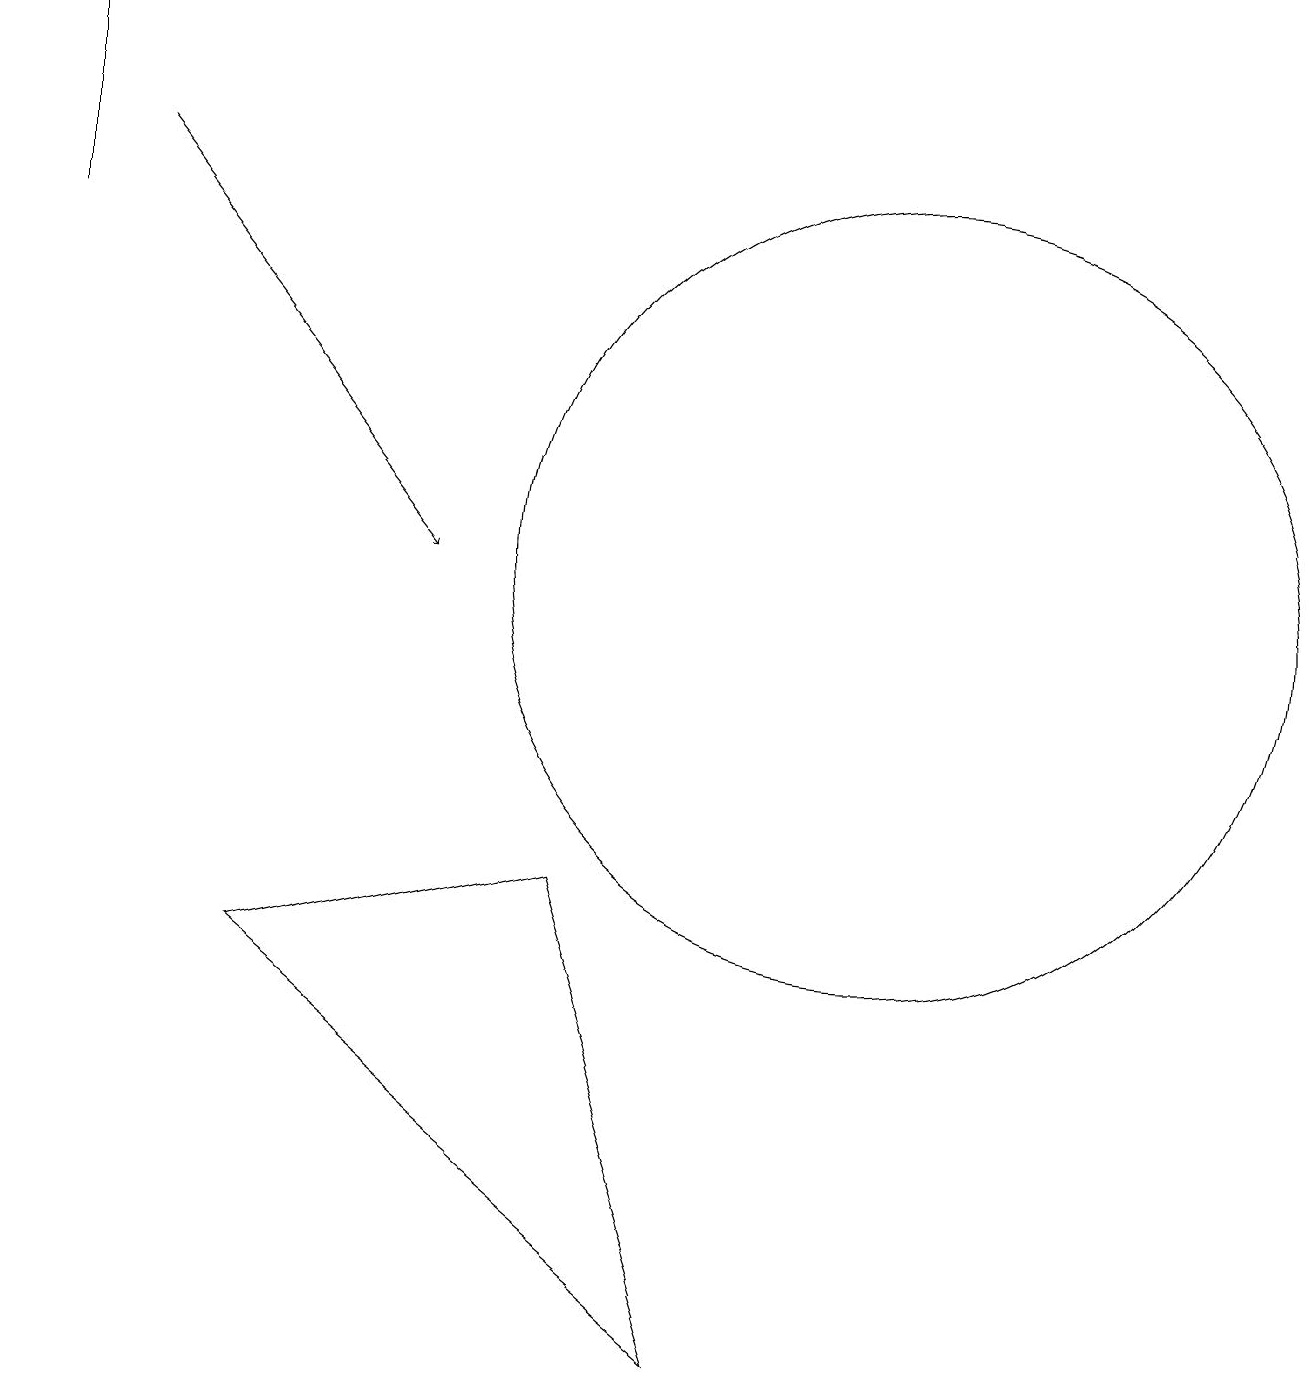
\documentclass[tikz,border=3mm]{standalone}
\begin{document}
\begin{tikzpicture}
\draw (7,6) -- (9,0) -- (3,5) -- cycle;
\draw (12,12) circle (0);
\draw (0,14) rectangle (0,17);
\draw[->] (1,15) -- (5,10);
\draw (12,12) circle (0);
\draw (11,10) circle (5);
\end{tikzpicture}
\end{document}